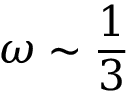
\omega \sim \frac { 1 } { 3 }